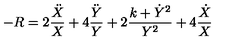
- R = 2 \frac { \ddot { X } } X + 4 \frac { \ddot { Y } } Y + 2 \frac { k + \dot { Y } ^ { 2 } } { Y ^ { 2 } } + 4 \frac { \dot { X } } X